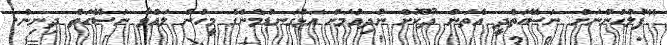
"ފުލުހުންނަށް ނަސޭހަތްދީ އެތަން ދޫކޮށް ނުދިއުމަށް އަޅުގަނޑުމެންގެ މީހުން ލައްވާ ނަސޭހަތް ދިނިން.